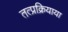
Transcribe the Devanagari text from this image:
तत्प्रक्रियाया